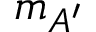
m _ { A ^ { \prime } }